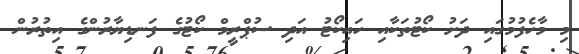
މި މާހެފުމުގައި ދަށު ކޯޓުތަކާއި ހައިކޯޓު އަދި ސުޕްރީމް ކޯޓުގެ ފަނޑިޔާރުންގެ އިތުރުން